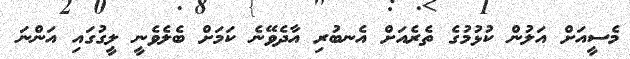
މެސީއަށް އަލުން ކުޅުމުގެ ތެރެއަށް އެނބުރި އާދެވޭނެ ކަމަށް ބެލެވެނީ ލީގުގައި އަންނަ